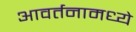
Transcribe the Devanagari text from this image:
आवर्तनामध्ये